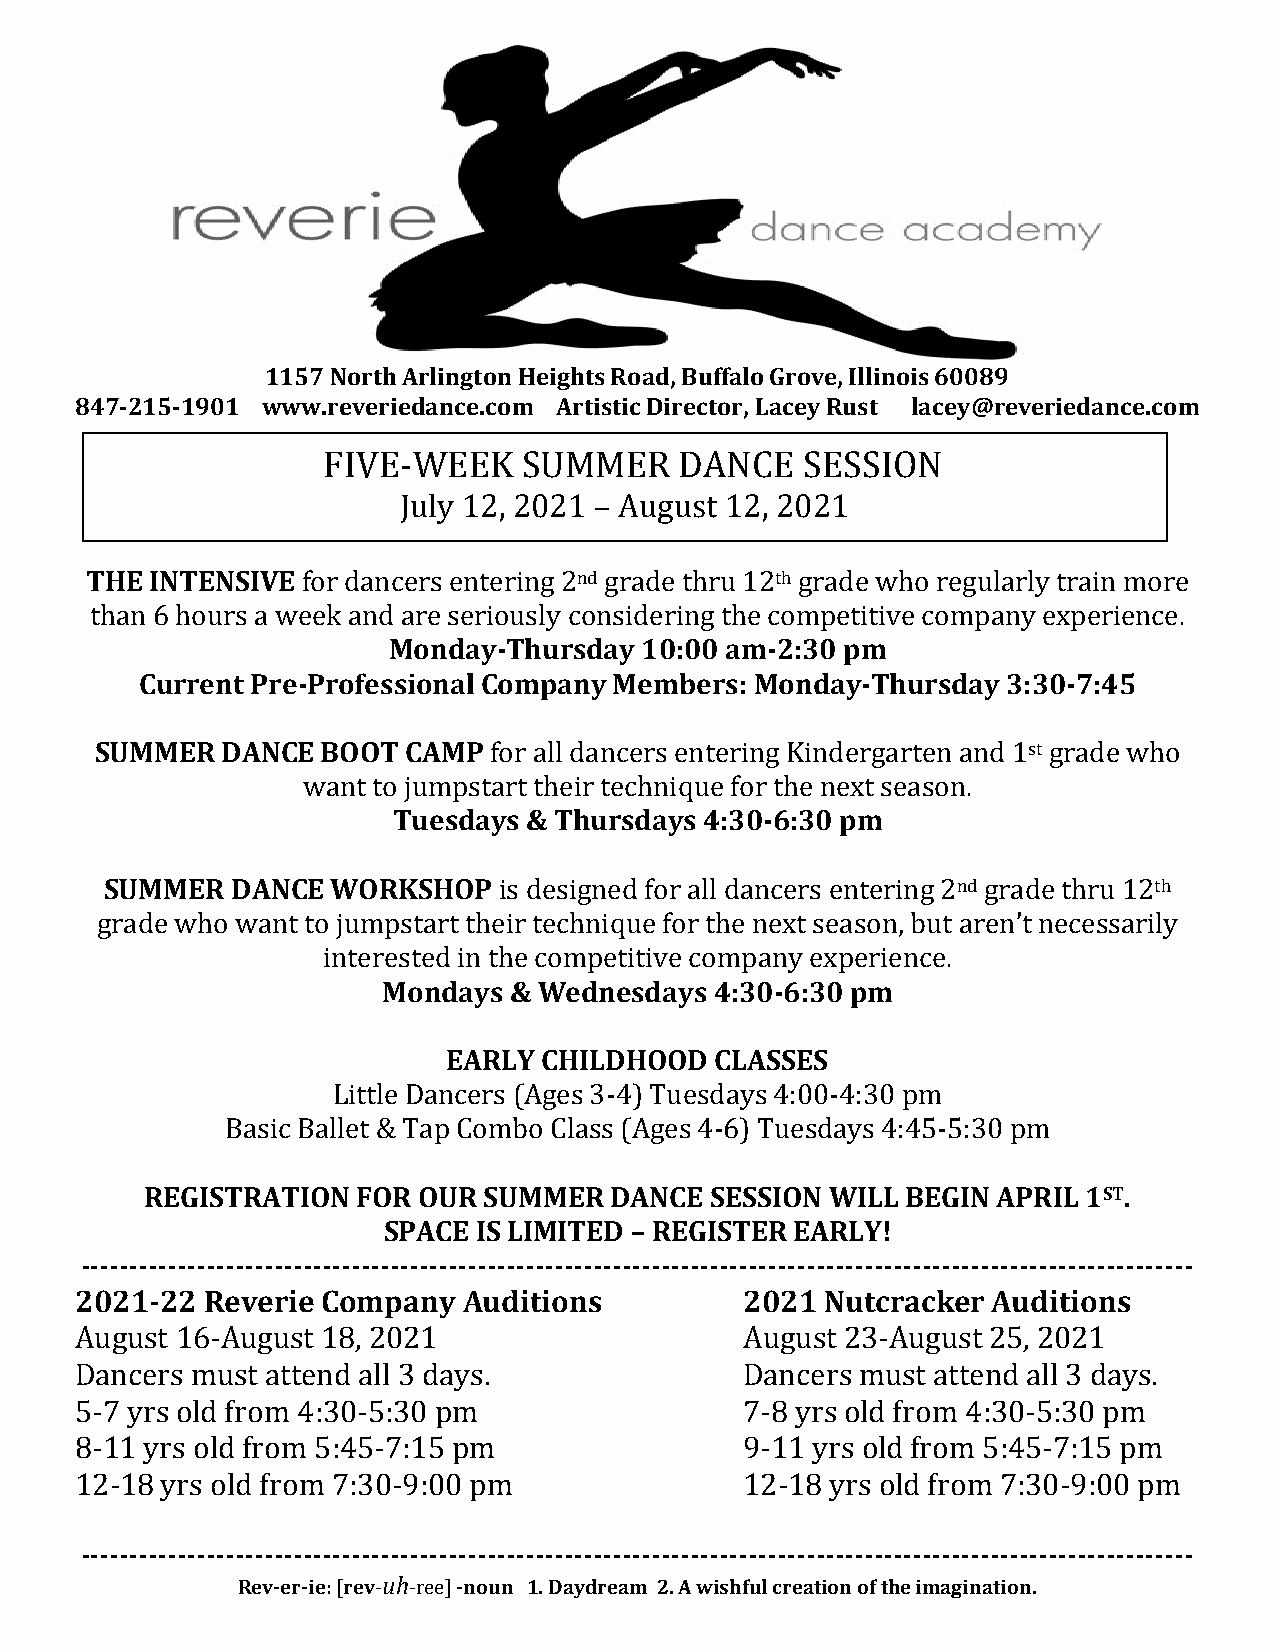
1157 North Arlington Heights Road, Buffalo Grove, Illinois 60089
 847-215-1901 www.reveriedance.com Artistic Director, Lacey Rust lacey@reveriedance.com
 FIVE-WEEK     SUMMER    DANCE   SESSION
 July 12, 2021 – August 12, 2021
 THE INTENSIVE for dancers entering 2nd grade thru 12th grade who regularly train more
 than 6 hours a week and are seriously considering the competitive company experience.
 Monday-Thursday 10:00 am-2:30 pm
 Current Pre-Professional Company Members: Monday-Thursday 3:30-7:45
 SUMMER   DANCE BOOT  CAMP for all dancers entering Kindergarten and 1st grade who
 want to jumpstart their technique for the next season.
 Tuesdays & Thursdays 4:30-6:30 pm
 SUMMER  DANCE  WORKSHOP   is designed for all dancers entering 2nd grade thru 12th
 grade who want to jumpstart their technique for the next season, but aren’t necessarily
 interested in the competitive company experience.
 Mondays  & Wednesdays 4:30-6:30 pm
 EARLY CHILDHOOD  CLASSES
 Little Dancers (Ages 3-4) Tuesdays 4:00-4:30 pm
 Basic Ballet & Tap Combo Class (Ages 4-6) Tuesdays 4:45-5:30 pm
 REGISTRATION  FOR OUR SUMMER  DANCE  SESSION WILL BEGIN APRIL 1ST.
 SPACE IS LIMITED – REGISTER EARLY!
 -------------------------------------------------------------------------------------------------------------------
 2021-22 Reverie Company   Auditions         2021  Nutcracker Auditions
 August 16-August 18, 2021                   August 23-August 25, 2021
 Dancers must attend all 3 days.             Dancers must attend all 3 days.
 5-7 yrs old from 4:30-5:30 pm               7-8 yrs old from 4:30-5:30 pm
 8-11 yrs old from 5:45-7:15 pm              9-11 yrs old from 5:45-7:15 pm
 12-18 yrs old from 7:30-9:00 pm             12-18 yrs old from 7:30-9:00 pm
 -------------------------------------------------------------------------------------------------------------------
 Rev-er-ie: [rev-uh-ree] -noun 1. Daydream 2. A wishful creation of the imagination.